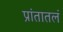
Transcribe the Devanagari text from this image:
प्रांतातलं